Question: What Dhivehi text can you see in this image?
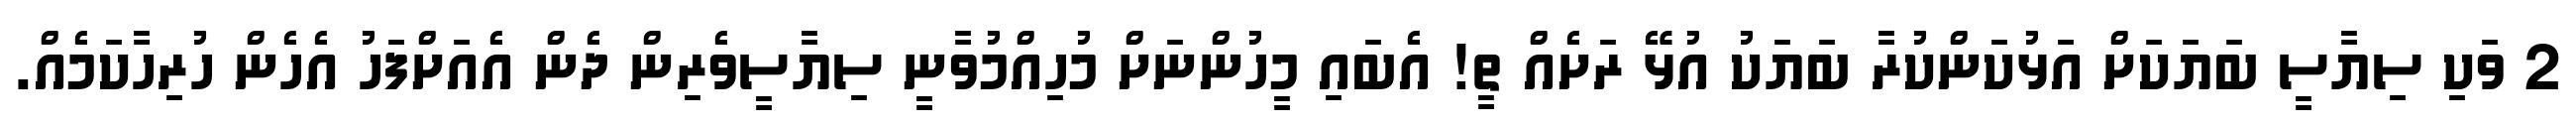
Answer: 2 ވަކި ސިޔާސީ ބަޔަކަށް އަޅުކަންކުރާ ބަޔަކު އުޅޭ ރަށެއް ތީ! އެބައި މީހުންނަށް މުހިއްމުވާނީ ސިޔާސީވެރިން ދެން އެއަށްފަހު އެހެން ހުރިހާކަމެއް.